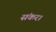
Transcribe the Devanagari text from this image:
संकर।